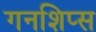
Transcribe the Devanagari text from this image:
गनशिप्स